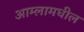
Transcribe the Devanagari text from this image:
आम्लामधील